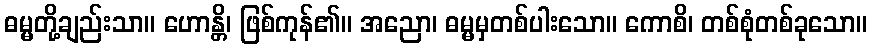
ဓမ္မတို့ချည်းသာ။ ဟောန္တိ၊ ဖြစ်ကုန်၏။ အညော၊ ဓမ္မမှတစ်ပါးသော။ ကောစိ၊ တစ်စုံတစ်ခုသော။